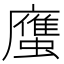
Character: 𲀌